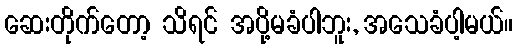
ဆေးတိုက်တော့ သိရင် အပို့မခံပါဘူး, အသေခံပါ့မယ်။